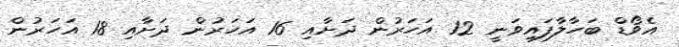
އެވޯޑް ބަހާލާފައިވަނީ 12 އަހަރުން ދަށާއި 16 އަހަރުން ދަށާއި 18 އަހަރުން